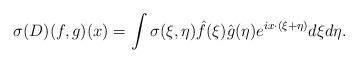
LaTeX: \begin{align*}\sigma(D)(f,g)(x)= \int \sigma(\xi,\eta) \hat f(\xi) \hat g(\eta) e^{i x \cdot (\xi+\eta)} d\xi d\eta.\end{align*}